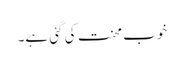
خوب محنت کی گئی ہے۔